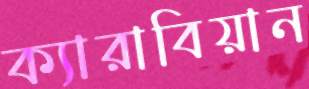
ক্যারাবিয়ান